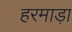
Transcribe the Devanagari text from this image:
हरमाड़ा